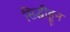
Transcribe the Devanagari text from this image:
सिद्धीहून